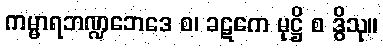
ကမ္မာရဘဏ္ဍဘေဒေ စ၊ ခဋကေ မုဋ္ဌိ စ ဒွိသု။